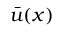
{ \bar { u } } ( x )